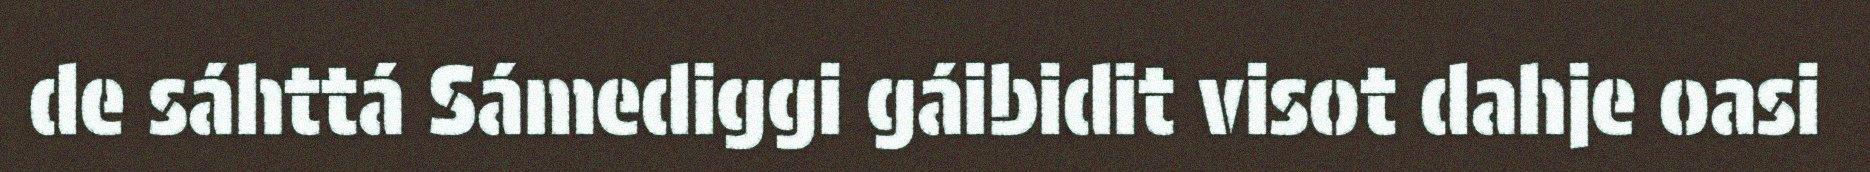
de sáhttá Sámediggi gáibidit visot dahje oasi